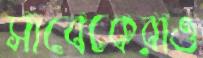
সাবেকেরাও